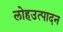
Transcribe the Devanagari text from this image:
लोहउत्पादन